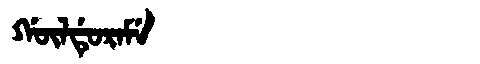
Manchu: ᡤᡡᠯᡩᡠᡵᠠᠮᡝ
Romanization: GŪLDURAME